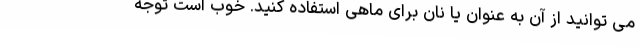
می توانید از آن به عنوان یا نان برای ماهی استفاده کنید. خوب است توجه